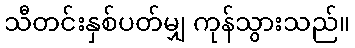
သီတင်းနှစ်ပတ်မျှ ကုန်သွားသည်။